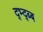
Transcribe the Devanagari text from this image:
द्भ्द्ब्ब